Vaccination in Bombay 1874-1876 - 1874-1876
Year: 1874
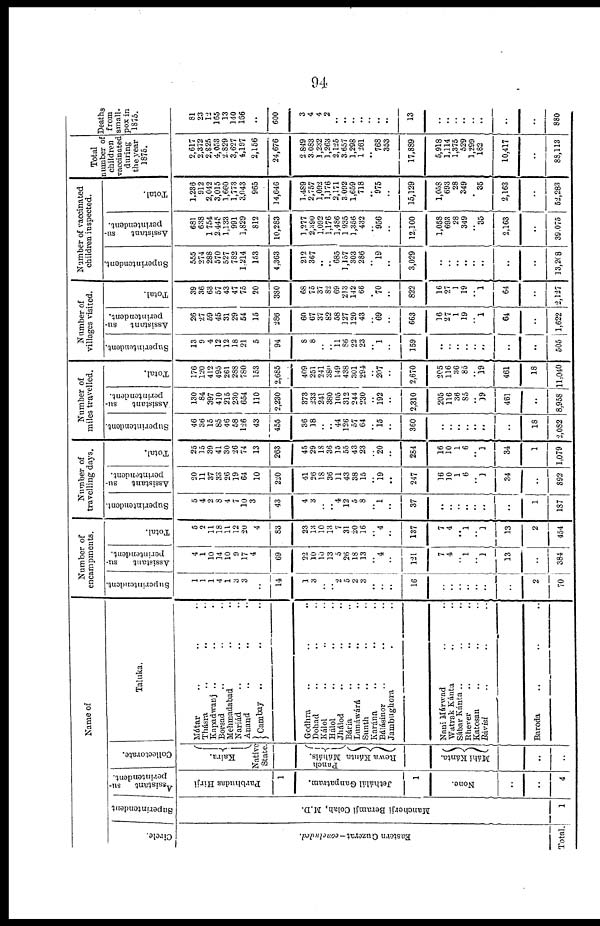
94
Name of
Circle.
Eastern Guzerat—concluded.
Total.
Superintendent
Mancherji Beramji Colah, M.D.
1
Assistant su-
perintendent.
Parbhudas Hirji
1
Jethálál Ganpatram.
1
None.
..
..
4
Collectorate.
Kaira.
Native
State
Panch
Máháls.
Rewa Kánta
Máhi Kánta.
..
..
Taluka.
Mátar .. .. ..
Thásra .. .. ..
Kapadwanj .. .. ..
Borsad .. .. ..
Mehmadabad .. ..
Nariád .. .. ..
Anand .. .. ..
Cambay
.. .. ..
Godhra .. .. ..
Dohad .. .. ..
Kálol .. .. ..
Hálol .. .. ..
Jhálod .. .. ..
Bária .. .. ..
Lunáwárá .. .. ..
Sunth .. .. ..
Karána .. .. ..
Bálásinor .. .. ..
Jambughora .. .. ..
Nani Márwad .. ..
Watrak Kánta .. ..
Sábar Kánta .. .. ..
Rhever .. .. ..
Katosan .. .. ..
Bàvisi .. .. ..
Baroda .. .. ..
..
Number of
encampments.
Superintendent.
1
1
1
4
1
3 3
..
14
1
3
..
.. 2
5
2
3
..
..
..
16
..
..
..
..
..
..
..
2
70
Assistant
su-
perintendent.
4
1
10
14
10
9
17
4
69
22
10
10
13
5
26
18
13
.. 4
..
121
7
4
.. 1
.. 1
13
..
384
Total.
5
2
11
18
11
12
20
4
83
23
13
10
13
7
31
20
16
.. 4
..
137
7
4
.. 1
.. 1
13
2
454
Number of
travelling days.
Superintendent.
5
4
2
8
4
7
10
3
43
4
3
..
.. 4
12
5
8
.. 1
..
37
..
..
..
..
.. ..
..
1
187
Assistant su-
perintendent.
20
11
37
33
26
19
64
10
220
41
26
18
36
11
43
38
15
.. 19
..
247
16
10
1
6
.. 1
34
..
892
Total.
25
15
39
41
30
26
74
13
263
45
29
18
36
15
55
43
23
.. 20
..
284
16
10
1
6
.. 1
34
1
1,079
Number of
miles travelled.
Superintendent.
46
36
15
85
46
58
126
43
455
36
18
..
.. 44
126
57
64
.. 15
..
360
..
..
..
..
..
..
..
18
2,082
Assistant
su-
perintendent.
130
84
397
410
215
230
654
110
2,230
373
233
241
380
105
312
244
230
.. 192
..
2,310
205
116
36
85
.. 19
461
..
8,958
Total.
176
120
412
495
261
288
780
153
2,685
409
251
241
380
149
438
301
294
.. 207
..
2,670
205
116
36
85
.. 19
461
18
11,040
Number of
villages visited.
Superintendent.
13
9
4
12
12
18
21
5
94
8
8
..
.. 11
86
22
23
.. 1
..
159
..
..
..
..
..
..
..
..
505
Assistant su-
perintendent.
26
27
59
45
31
29
54
15
286
60
67
37
82
58
127
120
43
.. 69
..
663
16
27
1
19
.. 1
64
..
1,622
Total.
39
36
63
57
43
47
75
20
380
68
75
37
82
69
213
142
66
.. 70
..
822
16
27
1
19
.. 1
64
..
2,127
Number of vaccinated
children inspected.
Superintendent.
555
274
288
570
527
782
1,214
153
4,363
212
367
..
.. 685
1,157
303
286
.. 19
..
3,029
..
..
..
..
..
..
..
..
13,208
Assistant
su-
perintendent.
681
638
1,754
2,445
1,133
991
1,829
812
10,283
1,277
2,390
1,092
1,176
1,486
1,935
1,356
432
.. 956
..
12,100
1,058
693
28
349
.. 35
2,163
..
39,075
Total.
1,236
912
2,042
3,015
1,660
1,773
3,043
965
14,646
1,489
2,757
1,092
1,176
2,171
3,092
1,659
718
.. 975
..
15,129
1,058
693
28
349
.. 35
2,163
..
52,283
Total
number of
children
vaccinated
during
the year
1875.
2,617
2,372
2,825
4,053
2,829
3,627
4,197
2,156
24,676
2,849
3,083
1,232
1,263
2,125
3,657
1,298
1,261
.. 768
353
17,889
5,918
1,114
1,375
529
1,299
182
10,417
..
88,113
Deaths
from
small-
pox in
1875.
81
23
12
165
13
140
166
..
600
3
4
4
2
..
..
..
..
..
..
..
13
..
..
..
..
..
..
..
..
880